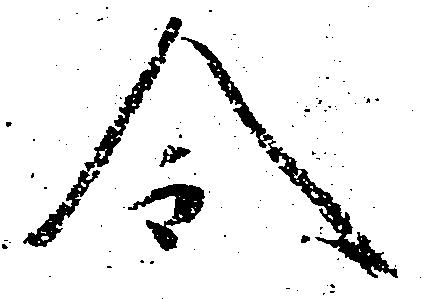
令